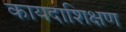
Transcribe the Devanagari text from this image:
कायदाशिक्षण